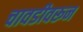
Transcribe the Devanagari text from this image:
चावडीवरून